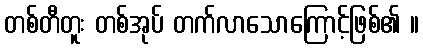
တစ်တီတူး တစ်အုပ် တက်လာသောကြောင့်ဖြစ်၏ ။